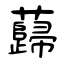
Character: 蘬